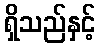
ရှိသည်နှင့်